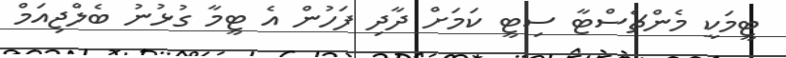
ޓީމަކީ މެންޗެސްޓާ ސިޓީ ކަމަށް ދާދި ފަހުން އެ ޓީމާ ގުޅުނު ބެލްޖިއަމް